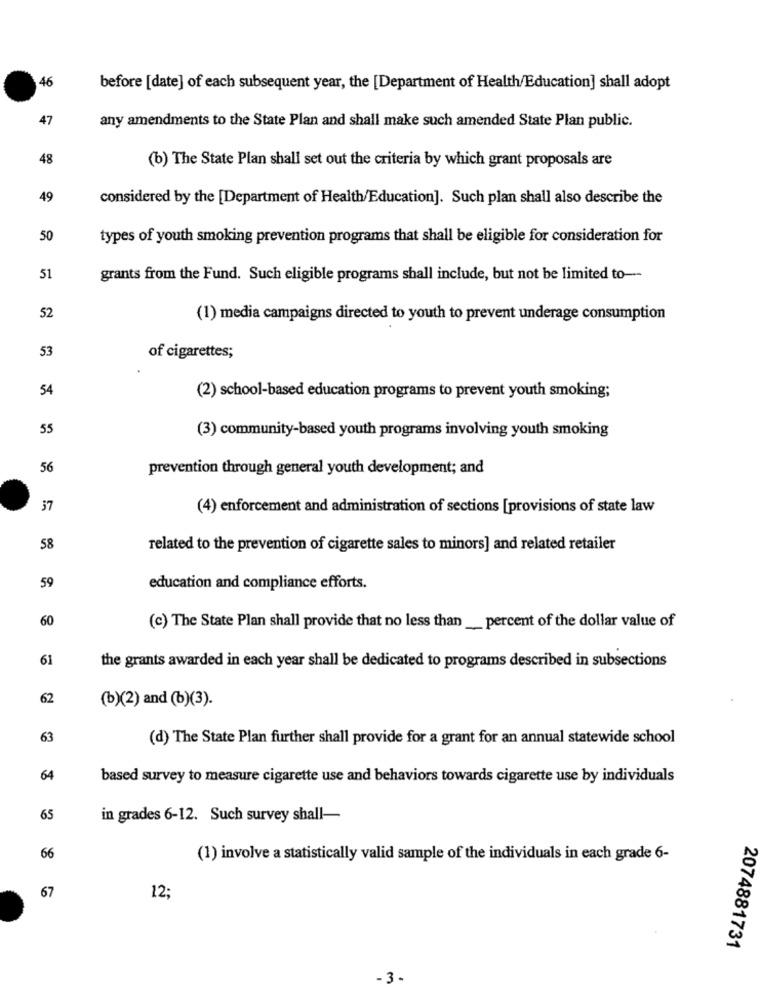
46
before [date] of each subsequent year, the [Department of Health/Education] shall adopt
47
any amendments to the State Plan and shall make such amended State Plan public.
48
(b) The State Plan shall set out the criteria by which grant proposals are
49
considered by the [Department of Health/Education]. Such plan shall also describe the
50
types of youth smoking prevention programs that shall be eligible for consideration for
51
grants from the Fund. Such eligible programs shall include, but not be limited to ---
52
(1) media campaigns directed to youth to prevent underage consumption
53
of cigarettes;
54
(2) school-based education programs to prevent youth smoking;
55
(3) community-based youth programs involving youth smoking
56
prevention through general youth development; and
37
(4) enforcement and administration of sections [provisions of state law
58
related to the prevention of cigarette sales to minors] and related retailer
59
education and compliance efforts.
60
(c) The State Plan shall provide that no less than __ percent of the dollar value of
61
the grants awarded in each year shall be dedicated to programs described in subsections
62
(b)(2) and (b)(3).
63
(d) The State Plan further shall provide for a grant for an annual statewide school
64
based survey to measure cigarette use and behaviors towards cigarette use by individuals
65
in grades 6-12. Such survey shall-
66
(1) involve a statistically valid sample of the individuals in each grade 6-
67
12;
2074881731
-3 -